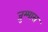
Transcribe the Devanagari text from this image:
जुम्मास